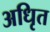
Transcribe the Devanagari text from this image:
अधिृत